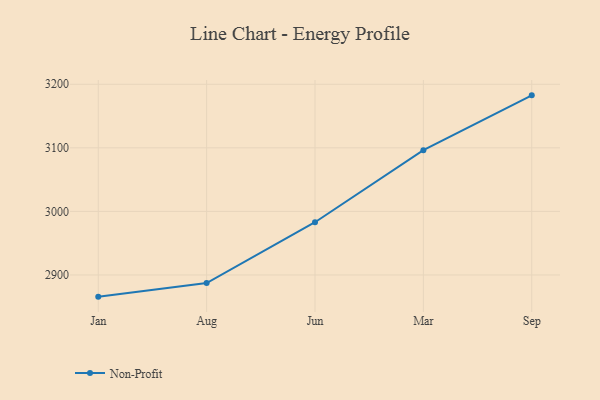
{"axis": {"x": "Month", "y": "Demand Index"}, "legend": ["Non-Profit"], "data": [{"x": "Jan", "y": 2865.9, "type": "Non-Profit"}, {"x": "Aug", "y": 2887.3, "type": "Non-Profit"}, {"x": "Jun", "y": 2983.0, "type": "Non-Profit"}, {"x": "Mar", "y": 3096.4, "type": "Non-Profit"}, {"x": "Sep", "y": 3182.6, "type": "Non-Profit"}]}